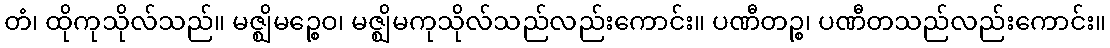
တံ၊ ထိုကုသိုလ်သည်။ မဇ္ဈိမဉ္စေဝ၊ မဇ္ဈိမကုသိုလ်သည်လည်းကောင်း။ ပဏီတဉ္စ၊ ပဏီတသည်လည်းကောင်း။